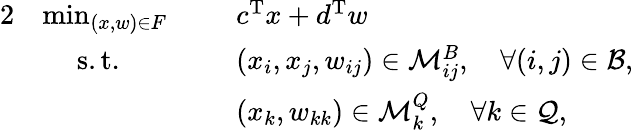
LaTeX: \begin{array}{rlrl}{{2}}&{\operatorname*{min}_{(x,w)\in F}\: \: }&&{c^{\textup{T}}x+d^{\textup{T}}w}\\ &{\quad\: \mathrm{s.t.}}&&{(x_{i},x_{j},w_{ij})\in\mathcal{M}_{ij}^{B},\quad\forall(i,j)\in\mathcal{B},}\\ &{}&&{(x_{k},w_{kk})\in\mathcal{M}_{k}^{Q},\quad\forall k\in\mathcal{Q},}\end{array}